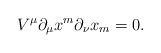
\begin{align*}V^\mu \partial_\mu x^m \partial_\nu x_m = 0.\end{align*}